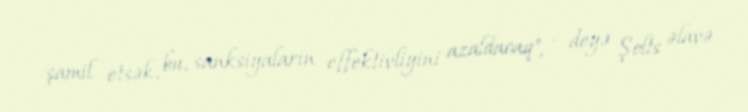
şamil etsək, bu, sanksiyaların effektivliyini azaldacaq", - deyə Şolts əlavə